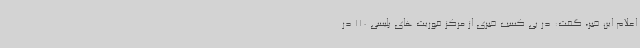
اعلام این خبر، گفت: در پی کسب خبری از مرکز فوریت های پلیسی 110 در